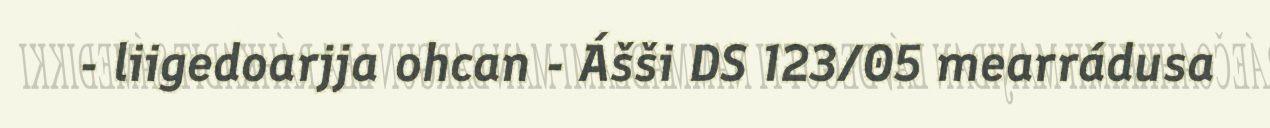
- liigedoarjja ohcan - Ášši DS 123/05 mearrádusa